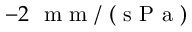
- 2 ~ \mathrm { ~ m ~ m ~ } / \mathrm { ~ ( ~ s ~ P ~ a ~ ) ~ }